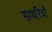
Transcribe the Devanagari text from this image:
साथरियों